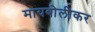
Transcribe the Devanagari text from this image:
मायबोलीकर